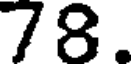
78.